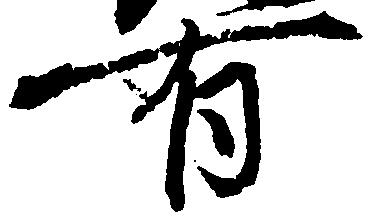
有